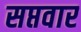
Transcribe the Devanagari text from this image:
सप्तवार